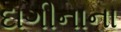
દાગીનાના